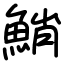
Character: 鮹